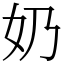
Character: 奶